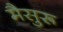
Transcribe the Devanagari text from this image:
मैसुरू